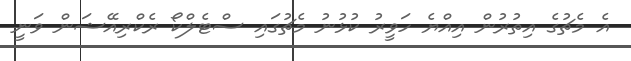
އެ މެޗުގެ އިތުރުން އިއްޔެ ހަވީރު ކުޅުނު މެޗުގައި ސްޓެލްކޯ ރެކްރިއޭޝަން ވަނީ